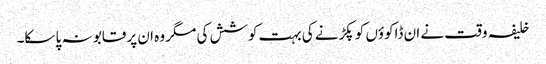
خلیفہ وقت نے ان ڈاکوؤں کو پکڑنے کی بہت کوشش کی مگر وہ ان پر قابو نہ پا سکا۔